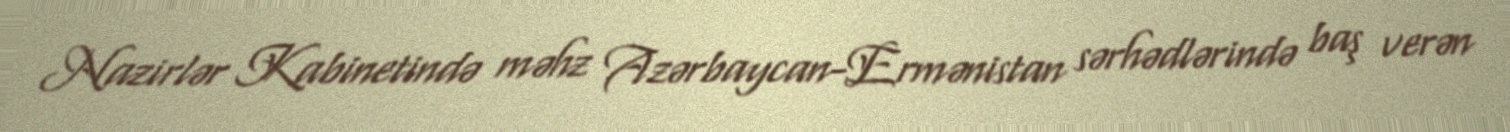
Nazirlər Kabinetində məhz Azərbaycan-Ermənistan sərhədlərində baş verən